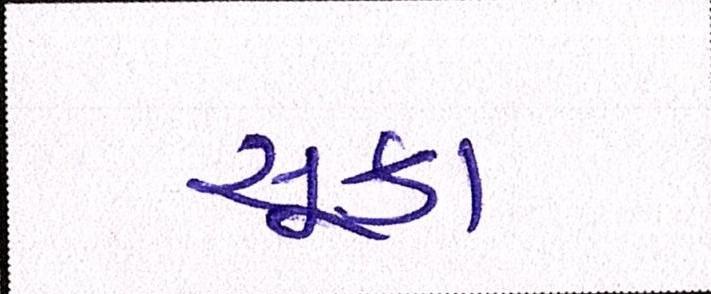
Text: સૂકા